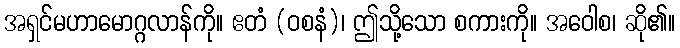
အရှင်မဟာမောဂ္ဂလာန်ကို။ ဧတံ (ဝစနံ)၊ ဤသို့သော စကားကို။ အဝေါစ၊ ဆို၏။